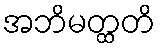
အဘိမတ္ထတိ